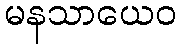
မနသာယေဝ